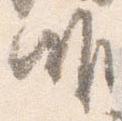
唯